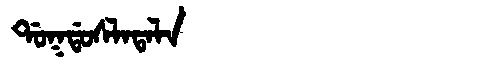
Manchu: ᡩᠣᡴᡩᠣᠰᠯᠠᡨᠠᠯᠠ
Romanization: DOKDOSLATALA